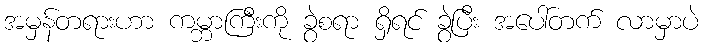
အမှန်တရားဟာ ကမ္ဘာကြီးကို ခွဲစရာ ရှိရင် ခွဲပြီး အပေါ်တက် လာမှာပဲ